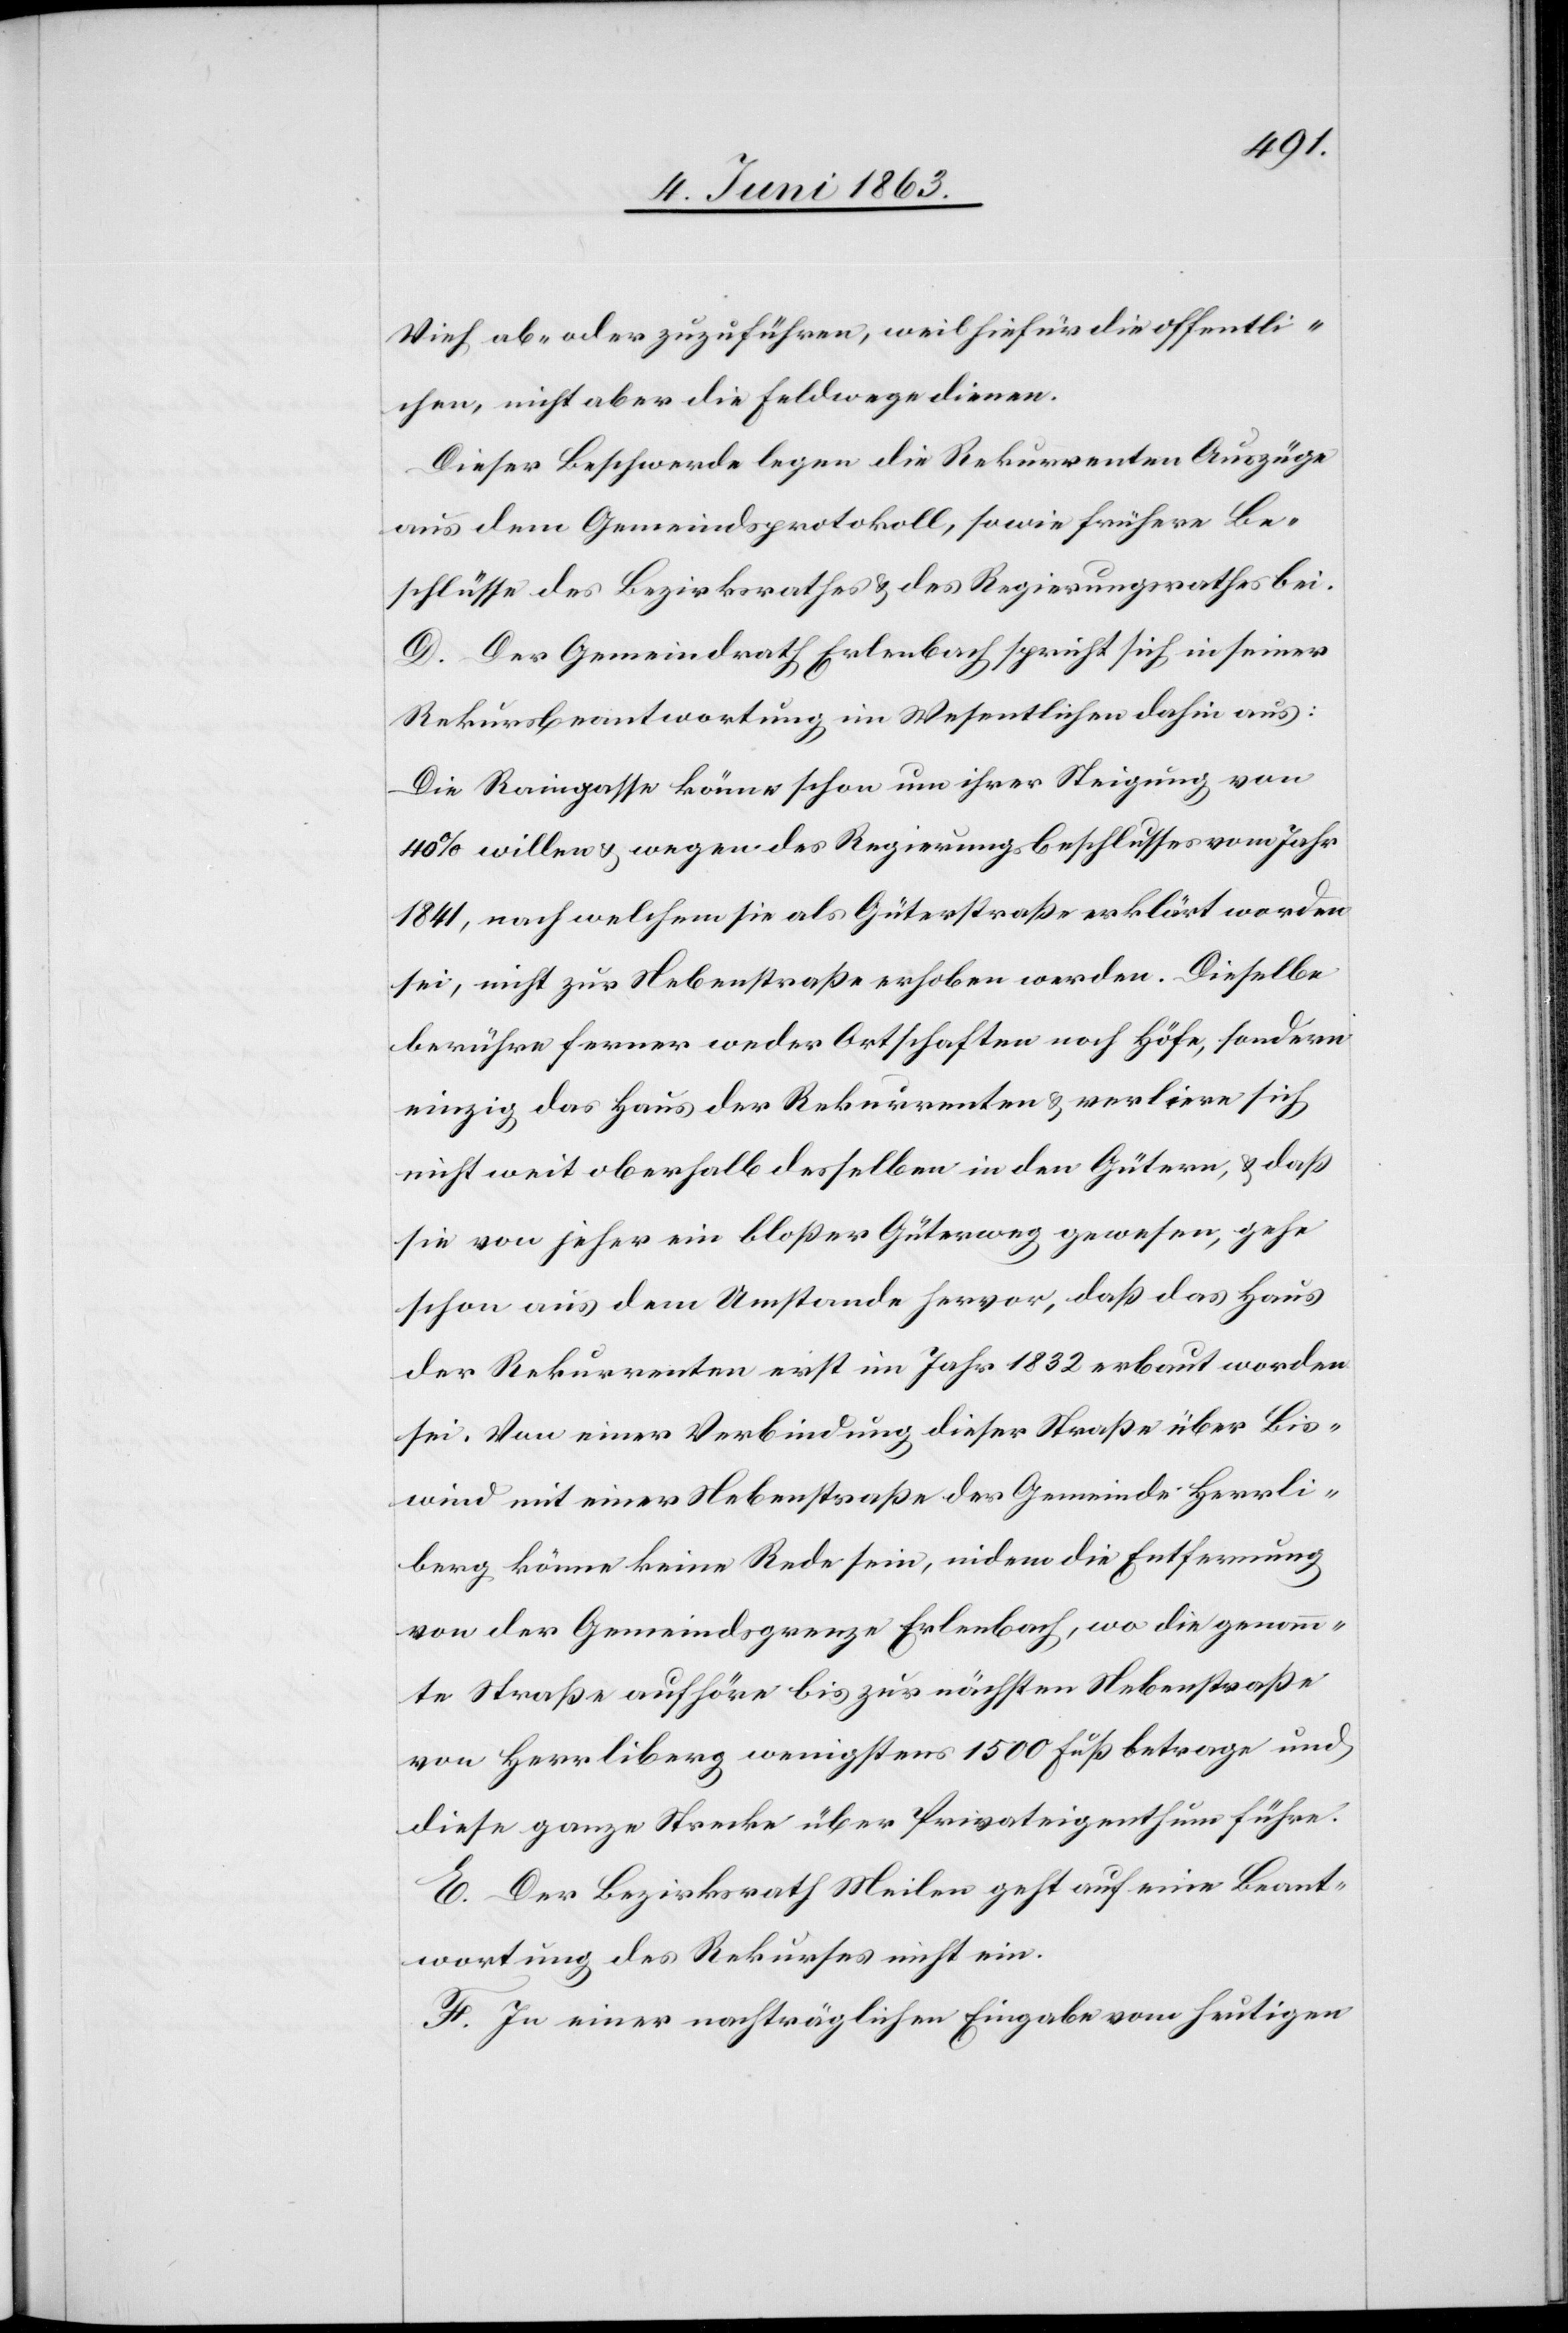
Vieh ab- oder zuzuführen, weil hiefür die offentlichen
Dieser Beschwerde legen die Rekurrenten Auszüge
aus dem Gemeindsprotokoll, sowie frühere Be¬
schlüsse des Bezirksrathes & des Regierungsrathes bei.
D. Der Gemeindrath Erlenbach spricht sich in seiner
Rekursbeantwortung im Wesentlichen dahin aus:
Die Raingasse könne schon um ihrer Steigung von
40% willen & wegen des Regierungsbeschlusses vom Jahr
1841, nach welchem sie als Güterstraße erklärt worden
sei, nicht zur Nebenstraße erhoben werden. Dieselbe
berühre ferner weder Ortschaften noch Höfe, sondern
einzig das Haus der Rekurrenten & verliere sich
nicht weit oberhalb desselben in den Gütern, & daß
sie von jeher ein bloßer Güterweg gewesen, gehe
schon aus dem Umstande hervor, daß das Haus
der Rekurrenten erst im Jahr 1832 erbaut worden
sei. Von einer Verbindung dieser Straße über Bis¬
wind mit einer Nebenstraße der Gemeinde Herrli¬
berg könne keine Rede sein, indem die Entfernung
von der Gemeindsgrenze Erlenbach, wo die genann¬
te Straße aufhöre bis zur nächsten Nebenstraße
von Herrliberg wenigstens 1500 Fuß betrage und
diese ganze Strecke über Privateigenthum führe.
E. Der Bezirksrath Meilen geht auf eine Beant¬
wortung des Rekurses nicht ein.
F. In einer nachträglichen Eingabe vom heutigen